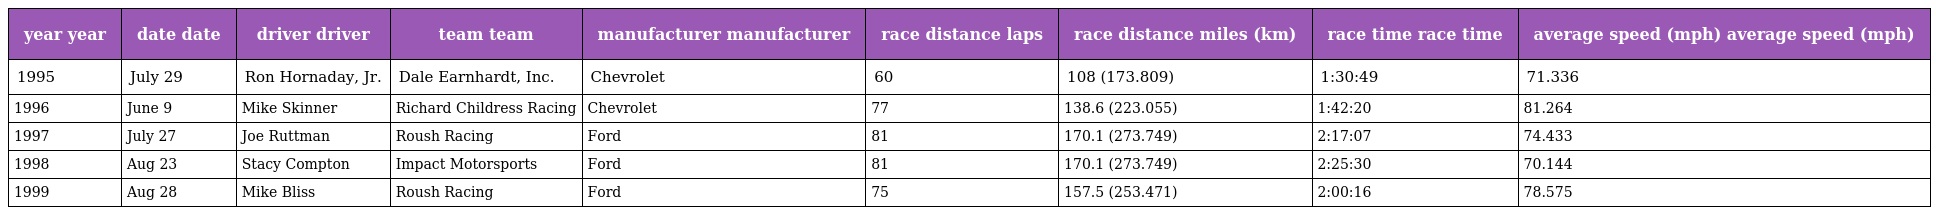
| year year | date date | driver driver | team team | manufacturer manufacturer | race distance laps | race distance miles (km) | race time race time | average speed (mph) average speed (mph) |
 | --- | --- | --- | --- | --- | --- | --- | --- | --- |
 | 1995 | July 29 | Ron Hornaday, Jr. | Dale Earnhardt, Inc. | Chevrolet | 60 | 108 (173.809) | 1:30:49 | 71.336 |
 | 1996 | June 9 | Mike Skinner | Richard Childress Racing | Chevrolet | 77 | 138.6 (223.055) | 1:42:20 | 81.264 |
 | 1997 | July 27 | Joe Ruttman | Roush Racing | Ford | 81 | 170.1 (273.749) | 2:17:07 | 74.433 |
 | 1998 | Aug 23 | Stacy Compton | Impact Motorsports | Ford | 81 | 170.1 (273.749) | 2:25:30 | 70.144 |
 | 1999 | Aug 28 | Mike Bliss | Roush Racing | Ford | 75 | 157.5 (253.471) | 2:00:16 | 78.575 |